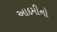
આદમીનો